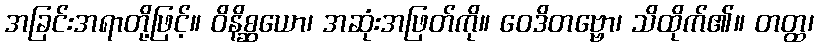
အခြင်းအရာတို့ဖြင့်။ ဝိနိစ္ဆယော၊ အဆုံးအဖြတ်ကို။ ဝေဒိတဗ္ဗော၊ သိထိုက်၏။ တတ္ထ၊